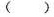
( )